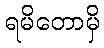
ရမိတောမှိ